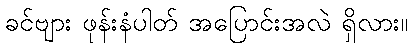
ခင်ဗျား ဖုန်းနံပါတ် အပြောင်းအလဲ ရှိလား။